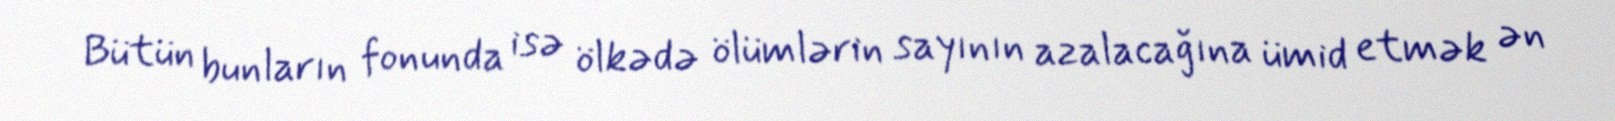
Bütün bunların fonunda isə ölkədə ölümlərin sayının azalacağına ümid etmək ən